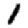
Digit: 1